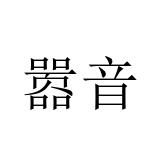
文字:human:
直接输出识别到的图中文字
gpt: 嚣音